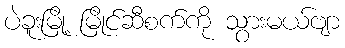
ပဲခူးမြို့ မြိုင်ဆီစက်ကို သွားမယ်ဗျာ